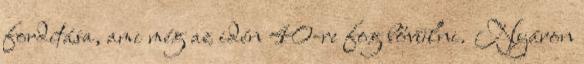
fordítása, ami még az idén 40-re fog bővülni. Nyáron